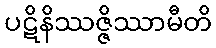
ပဋိနိဿဇ္ဇိဿာမီတိ